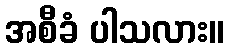
အစီခံ ပါသလား။